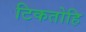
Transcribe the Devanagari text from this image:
टिकतोहि